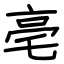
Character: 亳